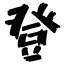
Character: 登